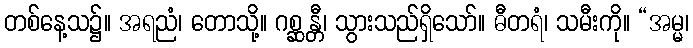
တစ်နေ့သ၌။ အရညံ၊ တောသို့။ ဂစ္ဆန္တီ၊ သွားသည်ရှိသော်။ ဓီတရံ၊ သမီးကို။ “အမ္မ၊